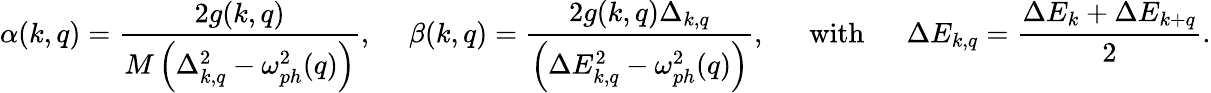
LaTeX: \alpha(k,q)=\frac{2g(k,q)}{M\left(\Delta_{k,q}^{2}-\omega_{ph}^{2}(q)\right)}\mathrm{,~\quad}\beta(k,q)=\frac{2g(k,q)\Delta_{k,q}}{\left(\Delta E_{k,q}^{2}-\omega_{ph}^{2}(q)\right)}\mathrm{,~\quad~with~\quad~}\Delta E_{k,q}=\frac{\Delta E_{k}+\Delta E_{k+q}}{2}.